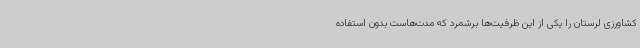
کشاورزی لرستان را یکی از این ظرفیت‌ها برشمرد که مدت‌هاست بدون استفاده